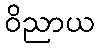
ဝိညာယ